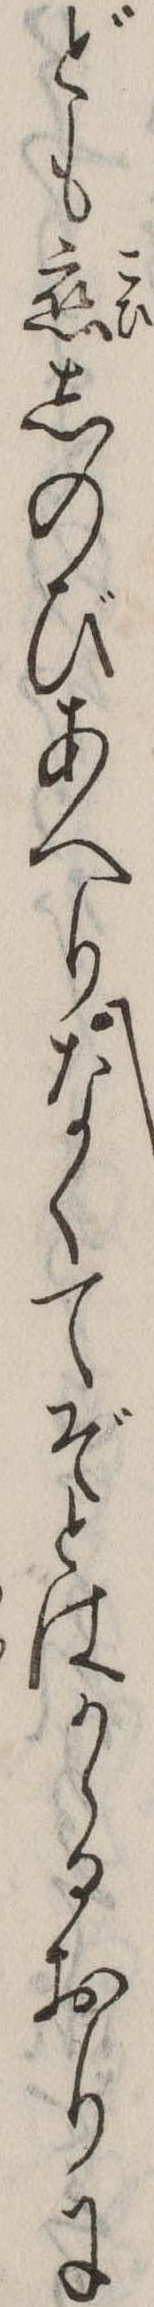
ども恋しのびあへりなくてぞとはかゝるおりに